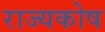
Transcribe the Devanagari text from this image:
राज्‍यकोष